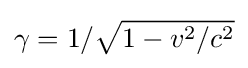
\gamma =1/{\sqrt {1-v^{2}/c^{2}}}